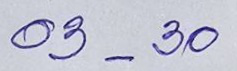
03 - 30